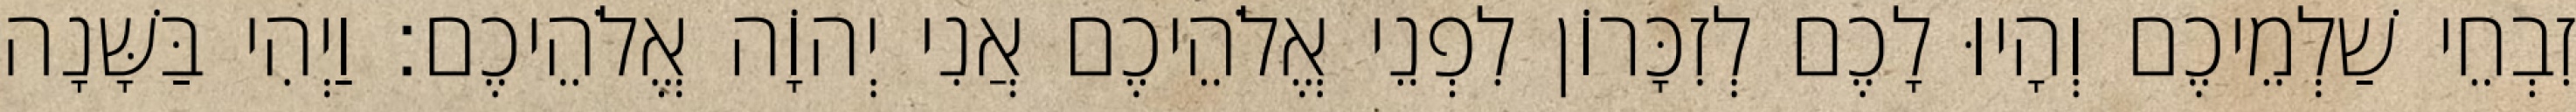
זִבְחֵי שַׁלְמֵיכֶם וְהָיוּ לָכֶם לְזִכָּרוֹן לִפְנֵי אֱלֹהֵיכֶם אֲנִי יְהוָֹה אֱלֹהֵיכֶם׃ וַיְהִי בַּשָּׁנָה